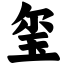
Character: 玺